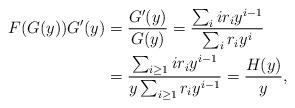
LaTeX: \begin{align*}F(G(y))G'(y)& =\frac{G'(y)}{G(y)}=\frac{\sum_i i r_i y^{i-1}}{\sum_i r_i y^i} \\&=\frac{\sum_{i\ge 1} i r_i y^{i-1}}{y \sum_{i\ge 1}r_i y^{i-1}}=\frac{H(y)}{y},\end{align*}